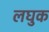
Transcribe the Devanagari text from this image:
लघुक